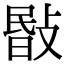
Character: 敯